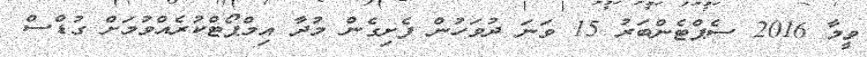
ވީމާ 2016 ސެޕްޓެންބަރު 15 ވަނަ ދުވަހުން ފެށިގެން މުދާ އިމްޕޯޓްކުރެއްވުމަށް ގުޑްސް